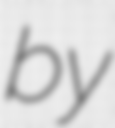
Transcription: by